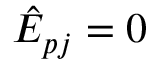
\hat { E } _ { p j } = 0